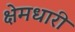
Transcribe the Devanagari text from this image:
क्षेमधारी